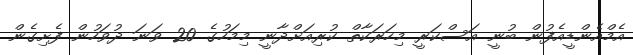
އެމްއެންޑީއެފުން ބުނީ އަސްކަރީ މިހަރަކާތް ކުރިއަށްދާނީ މިމަހުގެ 20 ވަނަ ދުވަހުން ފެށިގެން